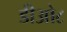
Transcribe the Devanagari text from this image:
डीओ८